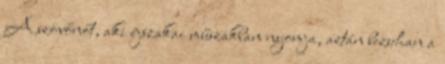
A szövőnőt, aki éjszakai műszakban nyomja, aztán bezuhan a